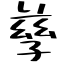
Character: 孳